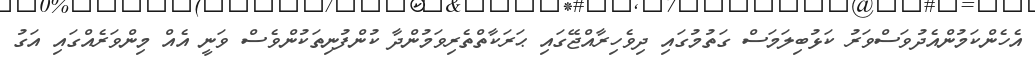
އެހެންކަމުންއެދުވަސްވަރު ކަޅުބިލަމަސް ގަތުމުގައި ދިވެހިރާއްޖޭގައި ޙަރަކާތްތެރިވަމުންދާ ކުންފުނިތަކުންވެސް ވަނީ އެއް މިންވަރެއްގައި އަގު